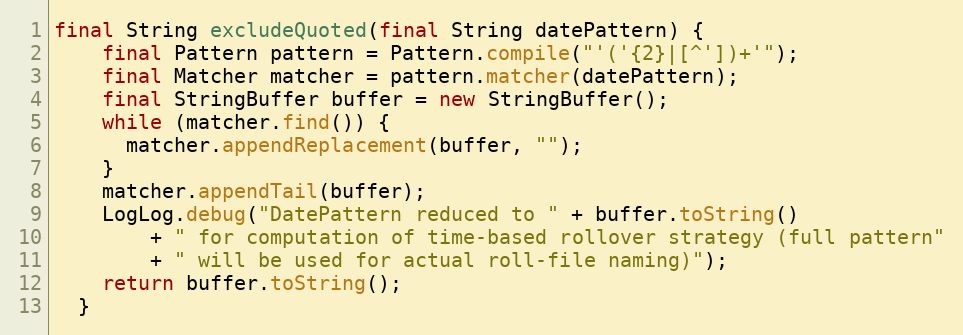
Language: Java
final String excludeQuoted(final String datePattern) {
    final Pattern pattern = Pattern.compile("'('{2}|[^'])+'");
    final Matcher matcher = pattern.matcher(datePattern);
    final StringBuffer buffer = new StringBuffer();
    while (matcher.find()) {
      matcher.appendReplacement(buffer, "");
    }
    matcher.appendTail(buffer);
    LogLog.debug("DatePattern reduced to " + buffer.toString()
        + " for computation of time-based rollover strategy (full pattern"
        + " will be used for actual roll-file naming)");
    return buffer.toString();
  }